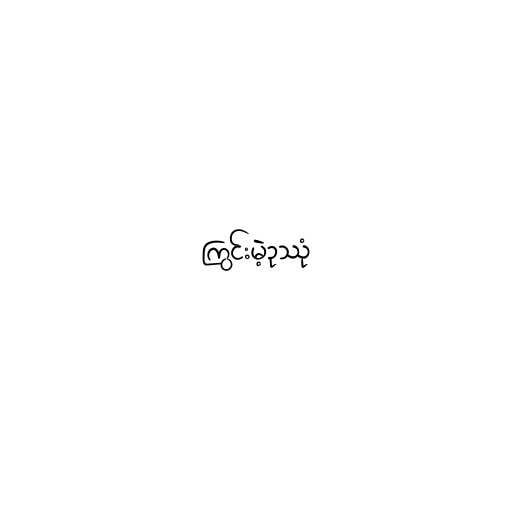
ကြွင်းမဲ့ဥဿုံ